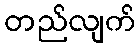
တည်လျက်